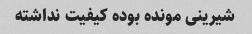
شیرینی مونده بوده کیفیت نداشته